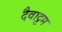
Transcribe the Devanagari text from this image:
दैवाट्टम